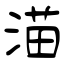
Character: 渵